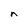
Character: n